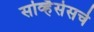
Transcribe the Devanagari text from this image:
सर्व्हिसेसचे